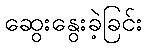
ဆွေးနွေးခဲ့ခြင်း